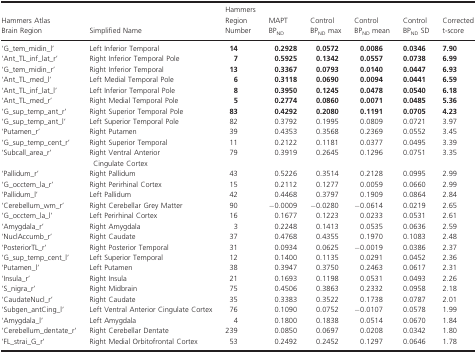
<table><thead><tr><td><b>Hammers Atlas Brain Region</b></td><td><b>Simplified Name</b></td><td><b>Hammers Region Number</b></td><td><b>MAPT BP<sub>ND</sub></b></td><td><b>Control BP<sub>ND</sub> max</b></td><td><b>Control BP<sub>ND</sub> mean</b></td><td><b>Control BP<sub>ND</sub> SD</b></td><td><b>Corrected t‐score</b></td></tr></thead><tbody><tr><td>‘G_tem_midin_l’</td><td>Left Inferior Temporal</td><td><b>14</b></td><td><b>0.2928</b></td><td><b>0.0572</b></td><td><b>0.0086</b></td><td><b>0.0346</b></td><td><b>7.90</b></td></tr><tr><td>‘Ant_TL_inf_lat_r’</td><td>Right Inferior Temporal Pole</td><td><b>7</b></td><td><b>0.5925</b></td><td><b>0.1342</b></td><td><b>0.0557</b></td><td><b>0.0738</b></td><td><b>6.99</b></td></tr><tr><td>‘G_tem_midin_r’</td><td>Right Inferior Temporal</td><td><b>13</b></td><td><b>0.3367</b></td><td><b>0.0793</b></td><td><b>0.0140</b></td><td><b>0.0447</b></td><td><b>6.93</b></td></tr><tr><td>‘Ant_TL_med_l’</td><td>Left Medial Temporal Pole</td><td><b>6</b></td><td><b>0.3118</b></td><td><b>0.0690</b></td><td><b>0.0094</b></td><td><b>0.0441</b></td><td><b>6.59</b></td></tr><tr><td>‘Ant_TL_inf_lat_l’</td><td>Left Inferior Temporal Pole</td><td><b>8</b></td><td><b>0.3950</b></td><td><b>0.1245</b></td><td><b>0.0478</b></td><td><b>0.0540</b></td><td><b>6.18</b></td></tr><tr><td>‘Ant_TL_med_r’</td><td>Right Medial Temporal Pole</td><td><b>5</b></td><td><b>0.2774</b></td><td><b>0.0860</b></td><td><b>0.0071</b></td><td><b>0.0485</b></td><td><b>5.36</b></td></tr><tr><td>‘G_sup_temp_ant_r’</td><td>Right Superior Temporal Pole</td><td><b>83</b></td><td><b>0.4292</b></td><td><b>0.2080</b></td><td><b>0.1191</b></td><td><b>0.0705</b></td><td><b>4.23</b></td></tr><tr><td>‘G_sup_temp_ant_l’</td><td>Left Superior Temporal Pole</td><td>82</td><td>0.3792</td><td>0.1995</td><td>0.0809</td><td>0.0721</td><td>3.97</td></tr><tr><td>‘Putamen_r’</td><td>Right Putamen</td><td>39</td><td>0.4353</td><td>0.3568</td><td>0.2369</td><td>0.0552</td><td>3.45</td></tr><tr><td>‘G_sup_temp_cent_r’</td><td>Right Superior Temporal</td><td>11</td><td>0.2122</td><td>0.1181</td><td>0.0377</td><td>0.0495</td><td>3.39</td></tr><tr><td>‘Subcall_area_r’</td><td>Right Ventral Anterior Cingulate Cortex</td><td>79</td><td>0.3919</td><td>0.2645</td><td>0.1296</td><td>0.0751</td><td>3.35</td></tr><tr><td>‘Pallidum_r’</td><td>Right Pallidum</td><td>43</td><td>0.5226</td><td>0.3514</td><td>0.2128</td><td>0.0995</td><td>2.99</td></tr><tr><td>‘G_occtem_la_r’</td><td>Right Perirhinal Cortex</td><td>15</td><td>0.2112</td><td>0.1277</td><td>0.0059</td><td>0.0660</td><td>2.99</td></tr><tr><td>‘Pallidum_l’</td><td>Left Pallidum</td><td>42</td><td>0.4468</td><td>0.3797</td><td>0.1909</td><td>0.0864</td><td>2.84</td></tr><tr><td>‘Cerebellum_wm_r’</td><td>Right Cerebellar Grey Matter</td><td>90</td><td>−0.0009</td><td>−0.0280</td><td>−0.0614</td><td>0.0219</td><td>2.65</td></tr><tr><td>‘G_occtem_la_l’</td><td>Left Perirhinal Cortex</td><td>16</td><td>0.1677</td><td>0.1223</td><td>0.0233</td><td>0.0531</td><td>2.61</td></tr><tr><td>‘Amygdala_r’</td><td>Right Amygdala</td><td>3</td><td>0.2248</td><td>0.1413</td><td>0.0535</td><td>0.0636</td><td>2.59</td></tr><tr><td>‘NuclAccumb_r’</td><td>Right Caudate</td><td>37</td><td>0.4768</td><td>0.4355</td><td>0.1970</td><td>0.1083</td><td>2.48</td></tr><tr><td>‘PosteriorTL_r’</td><td>Right Posterior Temporal</td><td>31</td><td>0.0934</td><td>0.0625</td><td>−0.0019</td><td>0.0386</td><td>2.37</td></tr><tr><td>‘G_sup_temp_cent_l’</td><td>Left Superior Temporal</td><td>12</td><td>0.1400</td><td>0.1135</td><td>0.0291</td><td>0.0452</td><td>2.36</td></tr><tr><td>‘Putamen_l’</td><td>Left Putamen</td><td>38</td><td>0.3947</td><td>0.3750</td><td>0.2463</td><td>0.0617</td><td>2.31</td></tr><tr><td>‘Insula_r’</td><td>Right Insula</td><td>21</td><td>0.1693</td><td>0.1198</td><td>0.0531</td><td>0.0493</td><td>2.26</td></tr><tr><td>‘S_nigra_r’</td><td>Right Midbrain</td><td>75</td><td>0.4506</td><td>0.3863</td><td>0.2332</td><td>0.0958</td><td>2.18</td></tr><tr><td>‘CaudateNucl_r’</td><td>Right Caudate</td><td>35</td><td>0.3383</td><td>0.3522</td><td>0.1738</td><td>0.0787</td><td>2.01</td></tr><tr><td>‘Subgen_antCing_l’</td><td>Left Ventral Anterior Cingulate Cortex</td><td>76</td><td>0.1090</td><td>0.0752</td><td>−0.0107</td><td>0.0578</td><td>1.99</td></tr><tr><td>‘Amygdala_l’</td><td>Left Amygdala</td><td>4</td><td>0.1800</td><td>0.1838</td><td>0.0514</td><td>0.0670</td><td>1.84</td></tr><tr><td>‘Cerebellum_dentate_r’</td><td>Right Cerebellar Dentate</td><td>239</td><td>0.0850</td><td>0.0697</td><td>0.0208</td><td>0.0342</td><td>1.80</td></tr><tr><td>‘FL_strai_G_r’</td><td>Right Medial Orbitofrontal Cortex</td><td>53</td><td>0.2492</td><td>0.2452</td><td>0.1297</td><td>0.0646</td><td>1.78</td></tr></tbody></table>